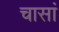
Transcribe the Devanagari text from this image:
चासां